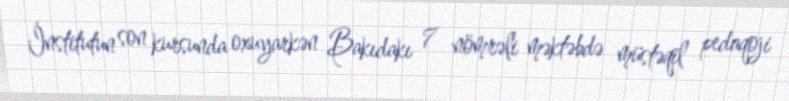
İnstitutun son kursunda oxuyarkən Bakıdakı 7 nömrəli məktəbdə müstəqil pedaqoji